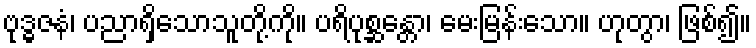
ဗုဒ္ဓဇနံ၊ ပညာရှိသောသူတို့ကို။ ပရိပုစ္ဆန္တော၊ မေးမြန်းသော။ ဟုတွာ၊ ဖြစ်၍။